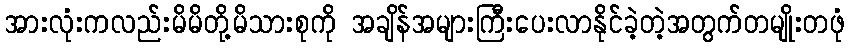
အားလုံးကလည်းမိမိတို့မိသားစုကို အချိန်အများကြီးပေးလာနိုင်ခဲ့တဲ့အတွက်တမျိုးတဖုံ